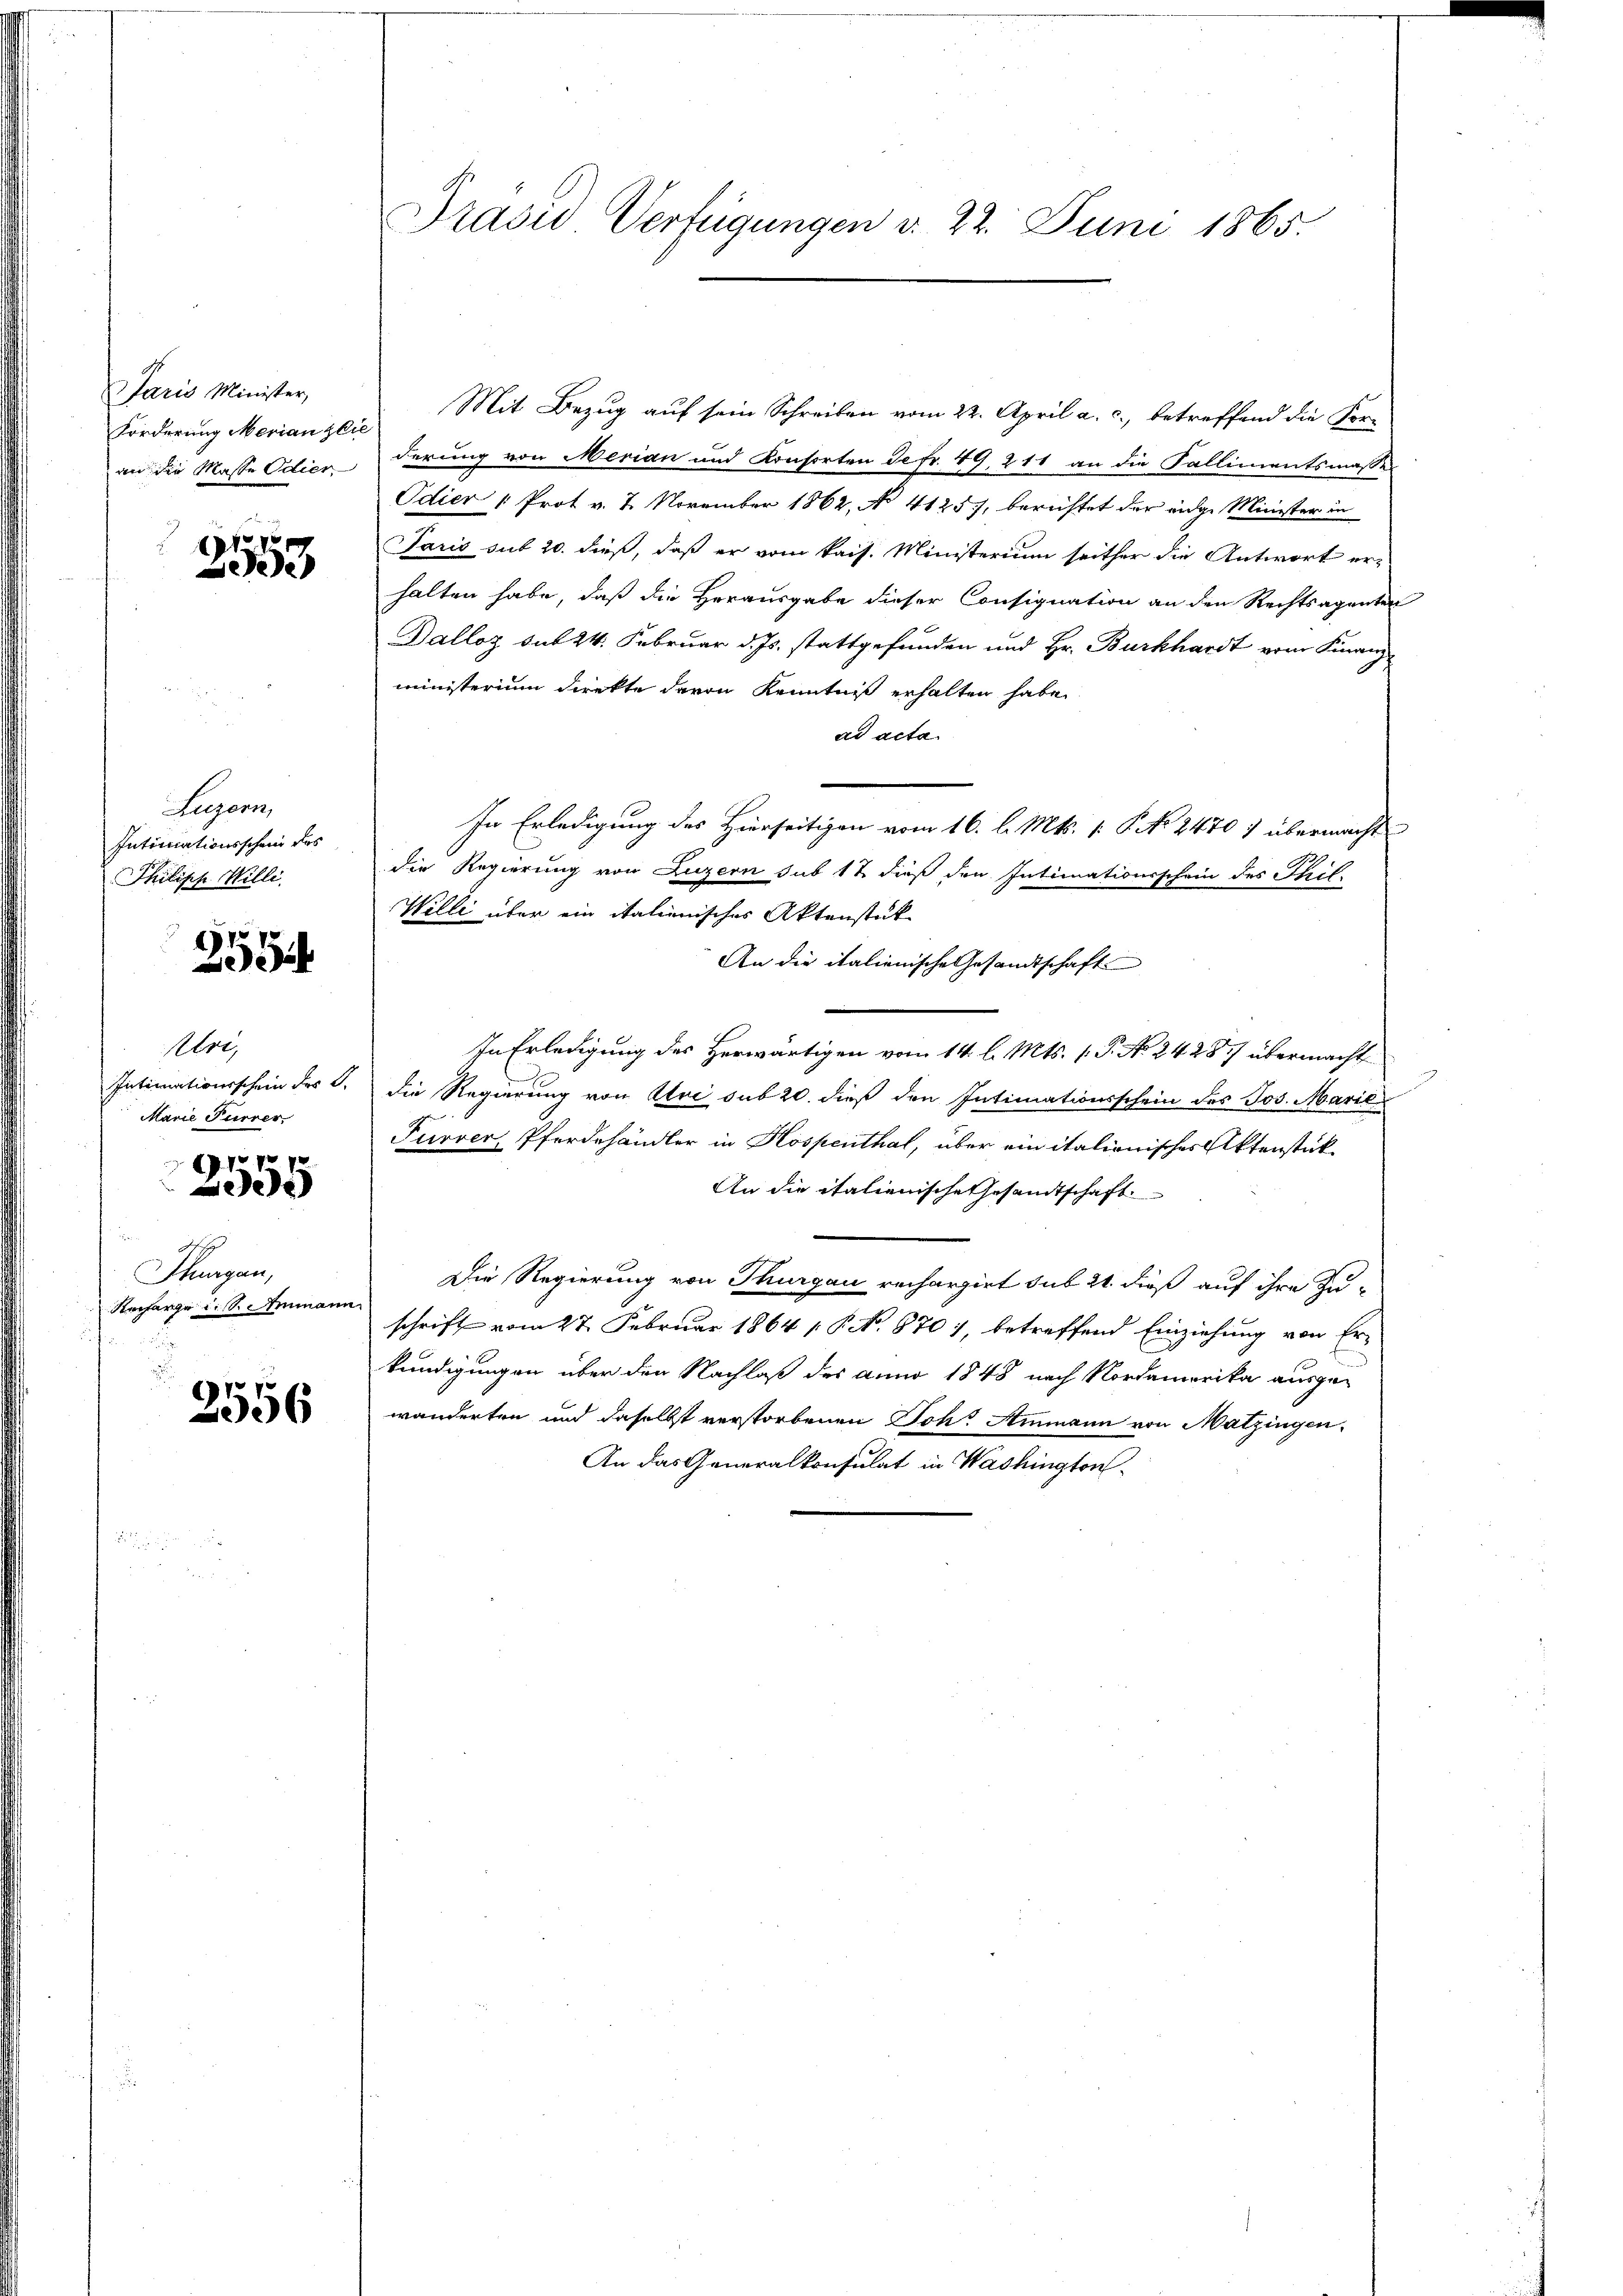
Jaris Minister,
Forderung Merian zie
an die Masse Odier

No 7
303

Legern,
Intimationsschein des
Philiph Willi

2554

Alre,
Intimationsschein des C.
Marie Furrer.

f 7 x
e

n
A.
Thurgau,
Recharge u. S. Ammann

2556

Präsid. Verfügungen d. 22. Juni 1865.

Mit Bezug auf sein Schreiben vom 22. April a. c., betreffend die For-
derung von Merian und Konsorten de fr. 49, 211 an die Fallimentsmasses
Odier " Prot v. 7. November 1862, No 4125), berichtet der eige Minister in
Paris sub 20. dieß, daß er vom kais. Ministerium seither die Antwort erhalten habe, daß die Herausgabe dieser Consignation an den Rechtsagenten
Dalloz sub 24. Februar d. Js. stattgefunden und Hr. Burkhardt vom Finanz-
ministerium direkte davon Kenntniß erhalten habe.
ad acta
In Erledigung des Hierseitigen vom 16. l. Mts. [ P No 24707 übermacht
die Regierung von Luzern sub 12 dieß den Intimationsschein des Phil
Wille über ein italienisches Aktenstück
An die italienische Gesandtschaft
In Erledigung des Herwärtigen vom 14. l. Mts. 1. P. No. 24287 übermacht
die Regierung von Uri sub 20. dieß den Intimationsschein des Jos. Marie
Furrer, Pferdehändler in Hospenthal, über ein italienisches Aktenstück¬
An die italienische Gesandtschaft
Die Regierung von Thurgau rechargirt sub 24 dieß auf ihre Zuschrift vom 27. Februar 1864 1. P. No. 870), betreffend Einziehung von Er-
kündigungen über den Nachlaß des anno 1848 nach Nordamerika ausgewanderten und daselbst verstorbenen Joh. Ammann von Matzingen
An das Generalkonsulat in Washington